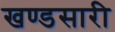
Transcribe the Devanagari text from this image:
खण्डसारी